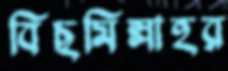
বিছমিল্লাহর